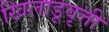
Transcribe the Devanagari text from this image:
खिलाडूवृत्ती